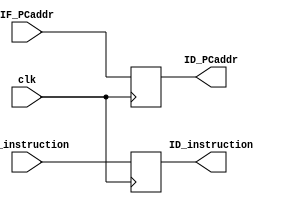
module IFIDreg(clk,IF_PCaddr,IF_instruction,ID_PCaddr,ID_instruction);
	input clk;
	input [31:0]IF_PCaddr,IF_instruction;
	output reg [31:0]ID_PCaddr,ID_instruction;
	
	always@(posedge clk)
		begin
			ID_PCaddr <= IF_PCaddr;
			ID_instruction <= IF_instruction;
		end
endmodule